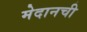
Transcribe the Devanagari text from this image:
मेदानची